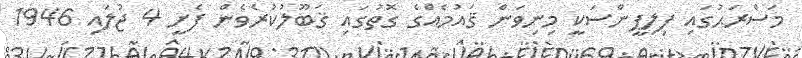
މަސްރަޙުގައި ފިލިޕީންސަކީ މިނިވަން ޤައުމެއްގެ ގޮތުގައި ޤަބޫލުކުރެވެން ފެށީ 4 ޖުލައި 1946